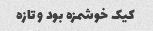
کیک خوشمزه بود و تازه